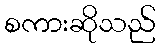
စကားဆိုသည်